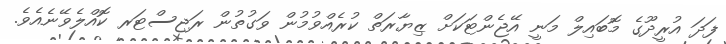
ފަދަ އުރީދޫގެ މޮބައިލް މަނީ އޭޖެންޓަކަށް ޒިޔާރަތް ކުރެއްވުމުން ވަގުތުން ރަޖިސްޓަރ ކޮއްލެވޭނެއެވެ.